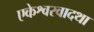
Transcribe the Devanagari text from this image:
एकेश्वरवादथा